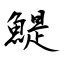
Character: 鯷